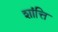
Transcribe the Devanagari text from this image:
शांत्ति